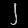
Digit: ၂